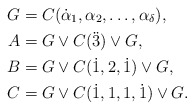
\begin{align*} G&=C(\dot \alpha_1,\alpha_2,\ldots,\alpha_\delta), \\ A&=G\vee C(\ddot3)\vee G,\\ B&=G\vee C(\dot1,2,\dot1)\vee G, \\ C&=G\vee C(\dot1,1,1,\dot1)\vee G.\end{align*}